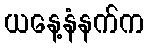
ယနေ့နံနက်က